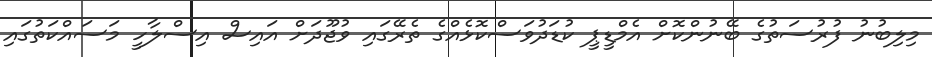
މިލިބުނު ފުރުސަތުގެ ބޭނުންކޮށް އެމްޑީޕީ ކުޑަދުވަސްކޮޅެއްގެ ތެރޭގައި ވުޖޫދަށް އައިސް އިސްލާހީ މަސައްކަތުގައި